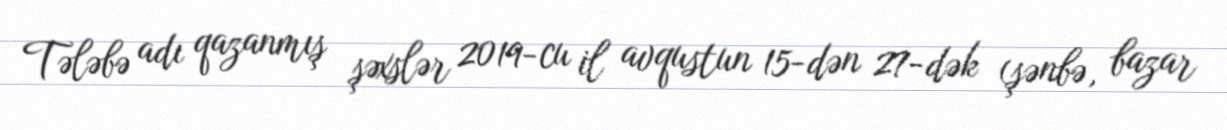
Tələbə adı qazanmış şəxslər 2019-cu il avqustun 15-dən 27-dək (şənbə, bazar